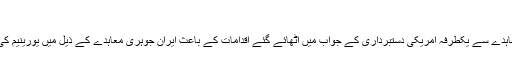
تخت روانچی
اقوام متحدہ کی ڈپٹی سیکرٹری جنرل روزماری اے ڈیکارلو کا کہنا تھا کہ ایرانی جوہری معاہدے سے یکطرفہ امریکی دستبرداری کے جواب میں اٹھائے گئے اقدامات کے باعث ایران جوہری معاہدے کے ذیل میں یورینیم کی افزودگی اور بھاری پانی کے ذخائر کے بارے میں متعین شدہ حدود سے آگے بڑھ گیا ہے۔